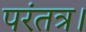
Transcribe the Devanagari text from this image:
परंतत्र।